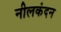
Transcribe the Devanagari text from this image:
नीलकंदन